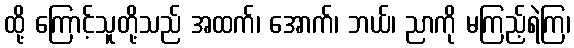
ထို့ ကြောင့်သူတို့သည် အထက်၊ အောက်၊ ဘယ်၊ ညာကို မကြည့်ရဲကြ၊